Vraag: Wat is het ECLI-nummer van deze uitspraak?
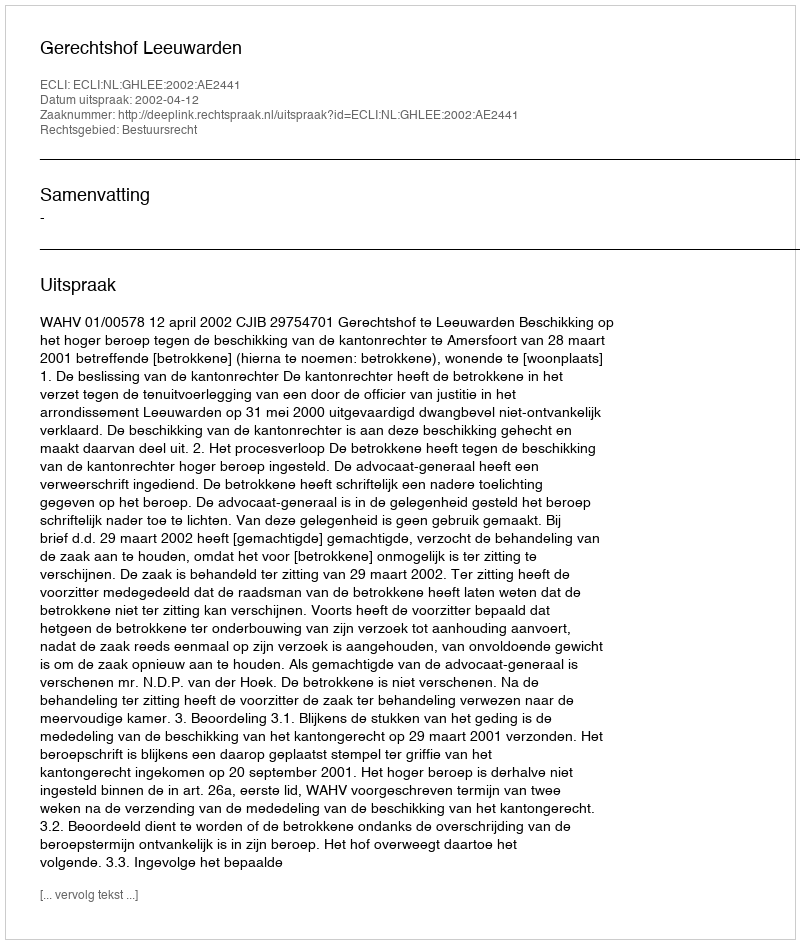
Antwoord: ECLI:NL:GHLEE:2002:AE2441